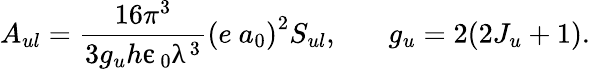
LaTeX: A_{ul}=\frac{16\pi^{3}}{3g_{u}h\upepsilon_{0}\uplambda^{3}}\left(e\ a_{0}\right)^{2}S_{ul},\ \ \ \ \ \ \ g_{u}=2(2J_{u}+1).